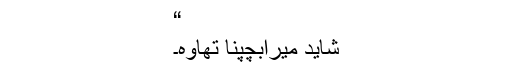
“
شاید میرابچپنا تھاوہ۔